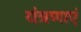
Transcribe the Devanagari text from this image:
यंत्रणाएं